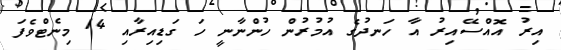
އިރު އޮއްސޭއިރު އާ ހަނދުގެ އުމުރުން ހުންނާނީ ހަ ގަޑިއިރާއި 14 މިނެޓްވެފަ